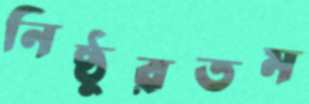
নিষ্ঠুরতম